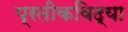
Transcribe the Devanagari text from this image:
प्रतीकविद्या